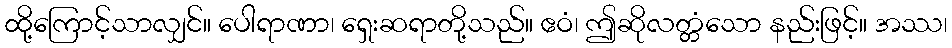
ထို့ကြောင့်သာလျှင်။ ပေါရာဏာ၊ ရှေးဆရာတို့သည်။ ဧဝံ၊ ဤဆိုလတ္တံသော နည်းဖြင့်။ အဿ၊